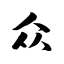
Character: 众